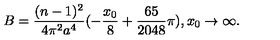
B = \frac { ( n - 1 ) ^ { 2 } } { 4 \pi ^ { 2 } a ^ { 4 } } ( - \frac { x _ { 0 } } { 8 } + \frac { 6 5 } { 2 0 4 8 } \pi ) , x _ { 0 } \rightarrow \infty .